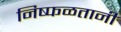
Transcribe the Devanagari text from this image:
निष्फळतानी